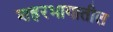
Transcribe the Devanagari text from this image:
शहरभागातील